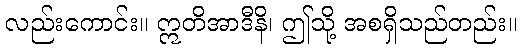
လည်းကောင်း။ ဣတိအာဒီနိ၊ ဤသို့ အစရှိသည်တည်း။